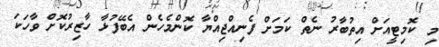
މި ކޮމިޓީއަށް އިތުބާރު ނެތް ކަމަށް ފެނިއްޖިއްޔާ ކޮންމެހެން އެބޭފުޅާ ހާޒިރުކޮށް ވާހަކަ